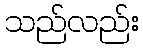
သည်လည်း